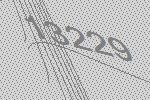
13229